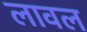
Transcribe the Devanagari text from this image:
लावल